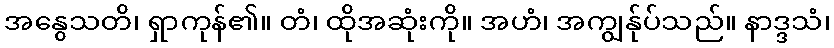
အနွေသတိ၊ ရှာကုန်၏။ တံ၊ ထိုအဆုံးကို။ အဟံ၊ အကျွန်ုပ်သည်။ နာဒ္ဒသံ၊